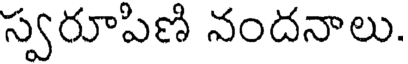
స్వరూపిణి నందనాలు.